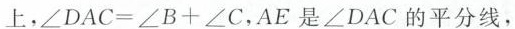
上，$$∠ D A C = ∠ B + ∠ C$$，AE是∠DAC的平分线，